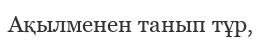
Ақылменен танып тұр,